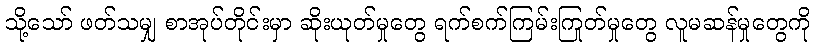
သို့သော် ဖတ်သမျှ စာအုပ်တိုင်းမှာ ဆိုးယုတ်မှုတွေ ရက်စက်ကြမ်းကြုတ်မှုတွေ လူမဆန်မှုတွေကို